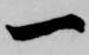
一